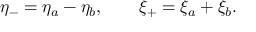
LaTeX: \eta _ { - } = \eta _ { a } - \eta _ { b } , \qquad \xi _ { + } = \xi _ { a } + \xi _ { b } .